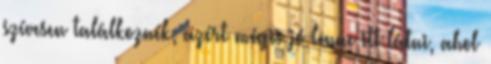
szívesen találkoznék, azért mégis jó lenne itt látni, ahol